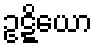
ဥဋ္ဋိယော